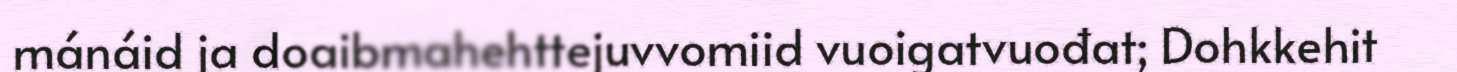
mánáid ja doaibmahehttejuvvomiid vuoigatvuođat; Dohkkehit